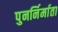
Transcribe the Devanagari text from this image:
पुनर्निर्माता